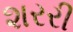
શરરી